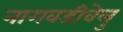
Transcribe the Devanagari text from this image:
नागवडीवेलु